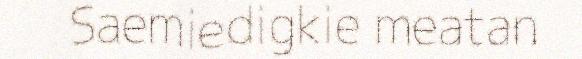
Saemiedigkie meatan